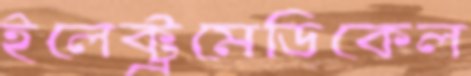
ইলেক্ট্রমেডিকেল